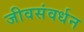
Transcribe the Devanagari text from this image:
जीवसंवर्धन